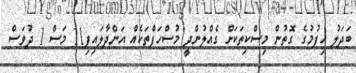
ބަދަލު ހިފުމުގެ ގޮތުން މިސްކިތަކަށް ގެއްލުންދީ މުސްހަފްތަކެއް އަންދާލައިފި11 މަސް 1 ދުވަސް